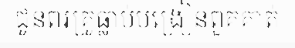
ជូនពរគ្រូធ្លាប់បង្រៀនពួគគាត់